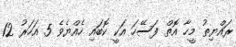
ރައްޔިތު މީހާ އޮތް ފަސޭހަ އަކީ ކޮބައި ހެއްޔެވެ 5 އަހަރު 12